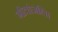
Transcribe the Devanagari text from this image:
गीतांजलि।